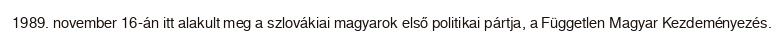
1989. november 16-án itt alakult meg a szlovákiai magyarok első politikai pártja, a Független Magyar Kezdeményezés.